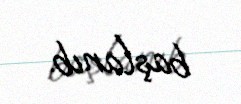
başlanıb.